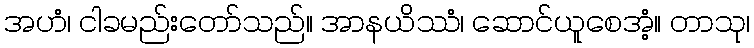
အဟံ၊ ငါခမည်းတော်သည်။ အာနယိဿံ၊ ဆောင်ယူစေအံ့။ တာသု၊